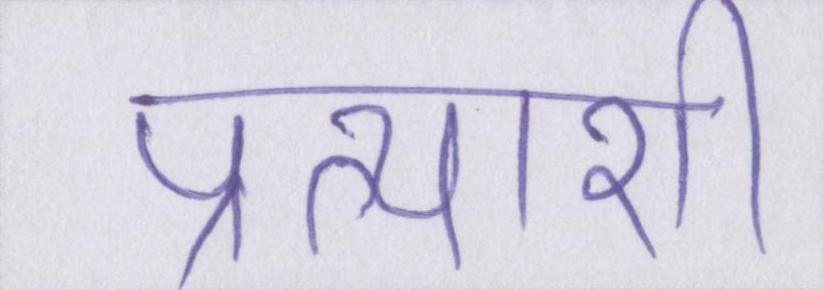
प्रत्याशी